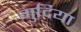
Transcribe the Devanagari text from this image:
गुदिया